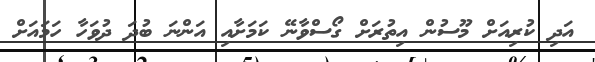
އަދި ކުރިއަށް މޫސުން އިތުރަށް ގޯސްވާނޭ ކަމަށާއި އަންނަ ބުދަ ދުވަހާ ހަމައަށް